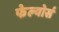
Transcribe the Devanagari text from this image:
फेल्योर्स